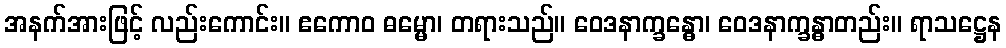
အနက်အားဖြင့် လည်းကောင်း။ ဧကောဝ ဓမ္မော၊ တရားသည်။ ဝေဒနာက္ခန္ဓော၊ ဝေဒနာက္ခန္ဓာတည်း။ ရာသဋ္ဌေန